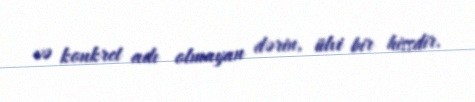
və konkret adı olmayan dərin, ülvi bir hissdir.